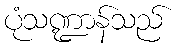
ပုံသဏ္ဍာန်သည်